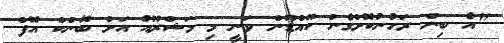
"އެ ބިން ރަހުނުކޮށްގެން ކޫއްޑޫން ވަނީ މި މަޝްރޫއު އަށް ބޭންކް އޮފް